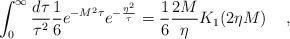
LaTeX: \begin{align*}\int_0^{\infty} \frac{d \tau}{\tau^2} \frac{1}{6} e^{-M^2 \tau} e^{-\frac{\eta^2}{\tau}}=\frac{1}{6} \frac{2M}{\eta} K_1 (2 \eta M) \hspace{0.5cm},\end{align*}